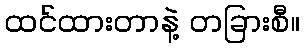
ထင်ထားတာနဲ့ တခြားစီ။